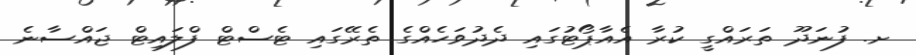
ށ. ފުނަދޫ ތަރައްގީ ކުރާ އެއާޕޯޓުގައި ދެދުވަހެއްގެ ތެރޭގައި ޓެސްޓް ފްލައިޓް ޖައްސާނެ